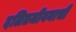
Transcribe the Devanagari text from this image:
दलितजीवनाची